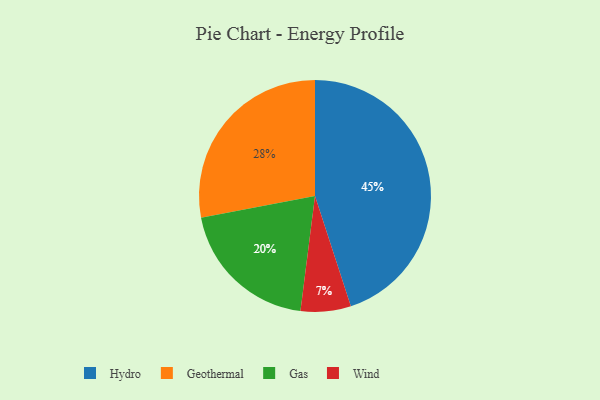
{"axis": {"x": "Category", "y": "Percentage"}, "legend": ["Gas", "Geothermal", "Hydro", "Wind"], "data": [{"x": "Gas", "y": 20, "type": "Gas"}, {"x": "Hydro", "y": 45, "type": "Hydro"}, {"x": "Wind", "y": 7, "type": "Wind"}, {"x": "Geothermal", "y": 28, "type": "Geothermal"}]}